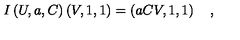
I \left( U , a , C \right) \left( V , 1 , 1 \right) = \left( a C V , 1 , 1 \right) \quad ,